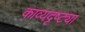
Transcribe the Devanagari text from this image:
काव्यदृष्ट्या